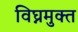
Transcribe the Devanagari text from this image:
विघ्नमुक्त